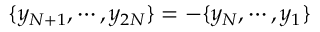
\{ y _ { N + 1 } , \cdots , y _ { 2 N } \} = - \{ y _ { N } , \cdots , y _ { 1 } \}